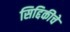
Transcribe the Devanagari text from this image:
सिद्दिकीचे